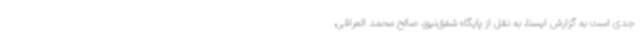
جدی است به گزارش ایسنا، به نقل از پایگاه شفق‌نیوز، صالح محمد العراقی،